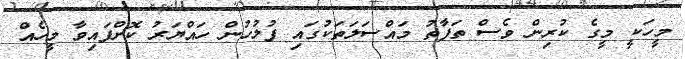
މީހަކީ މީގެ ކުރިން ވެސް ތަފާތު މައްސަލަތަކުގައި ފުލުހުން ހައްޔަރު ކޮށްފައިވާ މީހެއް